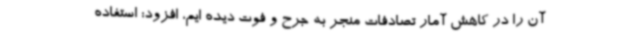
آن را در کاهش آمار تصادفات منجر به جرح و فوت دیده ایم، افزود: استفاده